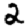
Digit: 2